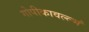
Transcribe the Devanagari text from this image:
गोपीकावल्ल्भं